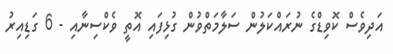
އަދިވެސް ކޮވިޑްގެ ނުރައްކަލުން ސަލާމަތްވުން ގުޅިފައި އޮތީ ވެކްސިނާއި - 6 ގަޑިއިރު